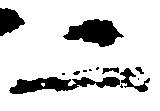
二